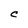
Character: C